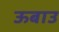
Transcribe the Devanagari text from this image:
ऊबाउ